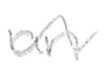
Text: an
Cross-out: wave
Writing tool: pencil